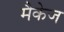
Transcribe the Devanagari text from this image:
मैकेज